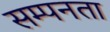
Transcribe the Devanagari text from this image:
सम्पनता